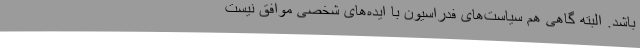
باشد. البته گاهی هم سیاست‌های فدراسیون با ایده‌های شخصی موافق نیست